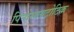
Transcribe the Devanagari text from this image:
पिनोसायटोटिक